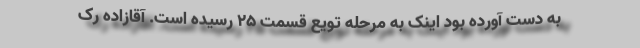
به دست آورده بود اینک به مرحله تویع قسمت 25 رسیده است. آقازاده رک